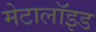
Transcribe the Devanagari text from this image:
मेटालॉइड